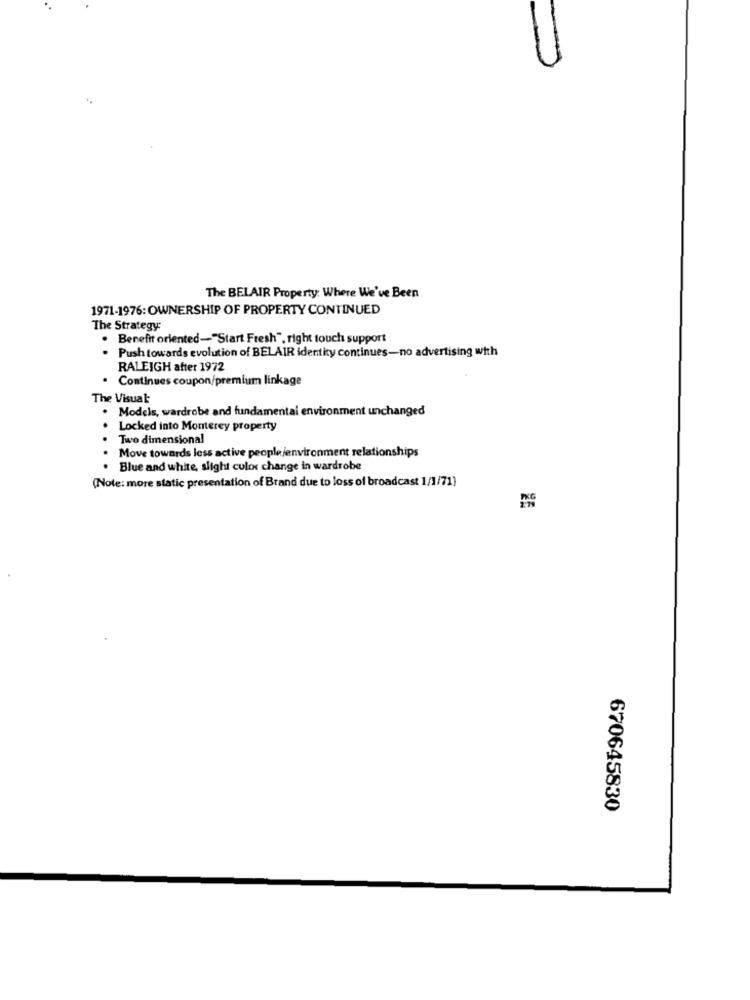
The BELAIR Property: Where We've Been
1971-1976: OWNERSHIP OF PROPERTY CONTINUED
The Strategy
Benefit oriented-"Start Fresh", right touch support
.
Push towards evolution of BELAIR identity continues-no advertising with
RALEIGH after 1972
. Continues coupon/premium linkage
The Visual
Models, wardrobe and fundamental environment unchanged
Locked into Monterey property
Two dimensional
Move towards less active peoplejenvironment relationships
Blue and white, slight color change in wardrobe
(Note: more static presentation of Brand due to loss of broadcast 1/1/71)
670645830